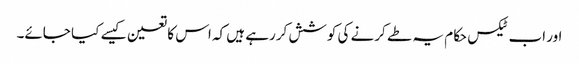
اور اب ٹیکس حکام یہ طے کرنے کی کوشش کررہے ہیں کہ اس کا تعین کیسے کیا جائے۔